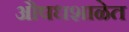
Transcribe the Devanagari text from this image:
औषधशाळेत